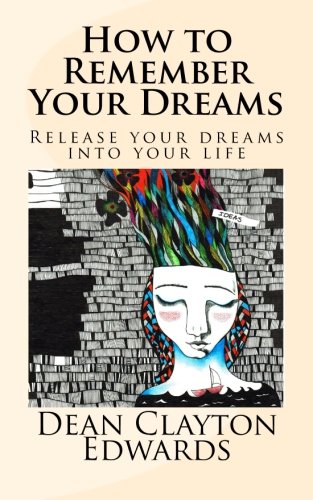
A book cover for How to Remember Your Dreams: Release Your Dreams into Your Life; Mr Dean Clayton Edwards; Self-Help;